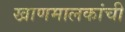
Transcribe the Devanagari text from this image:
खाणमालकांची